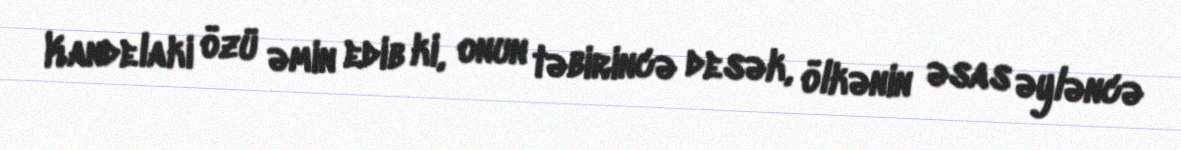
Kandelaki özü əmin edib ki, onun təbirincə desək, ölkənin əsas əyləncə